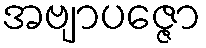
အဗျာပဇ္ဇော